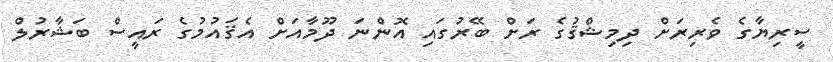
ސީރިޔާގެ ވެރިރަށް ދިމިޝްޤުގެ ރަށް ބޭރުގައި އޮންނަ ދޫމާއަށް އެޤައުމުގެ ރައީސް ބަޝާރުލް